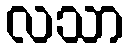
လသာ